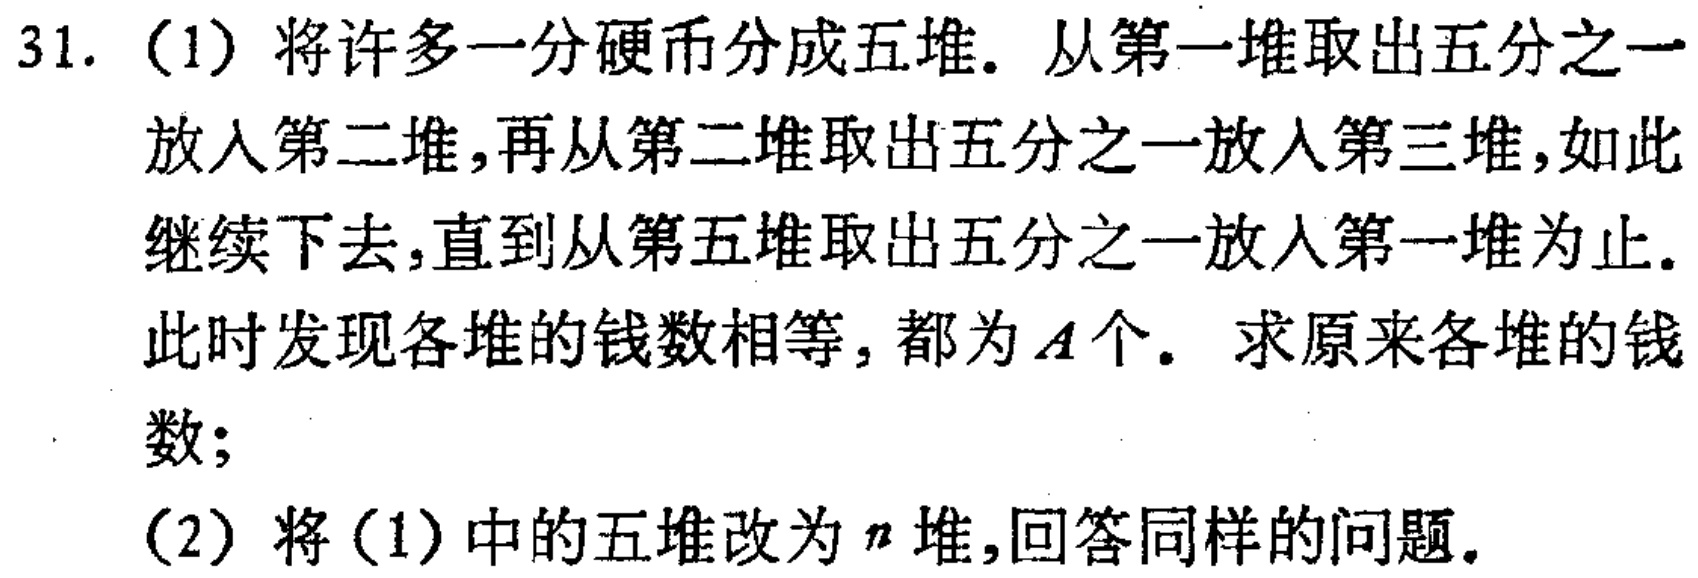
31. (1) 将许多一分硬币分成五堆. 从第一堆取出五分之一放入第二堆,再从第二堆取出五分之一放入第三堆,如此继续下去,直到从第五堆取出五分之一放入第一堆为止. 此时发现各堆的钱数相等, 都为$A$个. 求原来各堆的钱数;
(2) 将 (1) 中的五堆改为$n$堆,回答同样的问题.